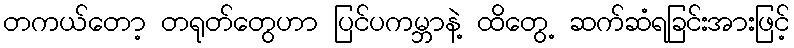
တကယ်တော့ တရုတ်တွေဟာ ပြင်ပကမ္ဘာနဲ့ ထိတွေ့ ဆက်ဆံရခြင်းအားဖြင့်